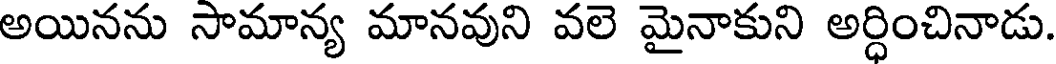
అయినను సామాన్య మానవుని వలె మైనాకుని అర్ధించినాడు.